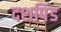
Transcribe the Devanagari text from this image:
दशपिंड